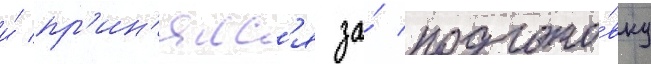
и́ пр'ин'ялс'я за́ подгото́вку